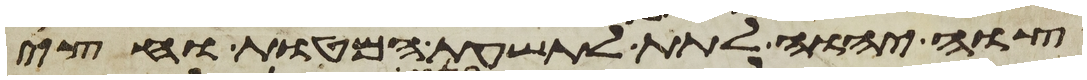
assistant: צוה יהוה לתת לתשעת המטות וחצי